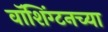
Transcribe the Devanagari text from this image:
वाॅशिंग्टनच्या